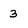
Character: 3